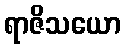
ရာဇိသယော